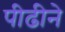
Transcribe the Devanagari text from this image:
पीढीने